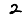
Digit: 2